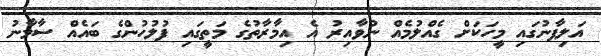
އަލިފާނުގައި މީހަކަށް ގެއްލުމެއް ނުވާއިރު އެ އިމާރާތުގެ މަތީގައި ފުލުހުންގެ ބައެއް ސާމާނު